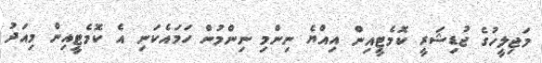
މަޖިލީހުގެ ޖުޑިޝަރީ ކޮމެޓީއިން އިއްޔެ ނިންމި ނިންމުން ހަމައެކަނި އެ ކޮމެޓީއިން މިއަދު